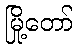
မြို့တော်